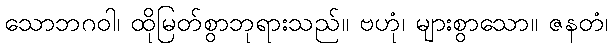
သောဘဂဝါ၊ ထိုမြတ်စွာဘုရားသည်။ ဗဟုံ၊ များစွာသော။ ဇနတံ၊